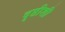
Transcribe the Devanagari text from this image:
दृष्टीशी